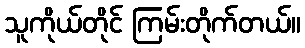
သူကိုယ်တိုင် ကြမ်းတိုက်တယ်။